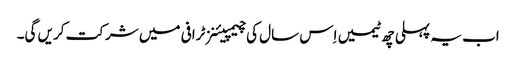
اب یہ پہلی چھ ٹیمیں اِس سال کی چیمپیئنز ٹرافی میں شرکت کریں گی۔